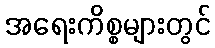
အရေးကိစ္စများတွင်